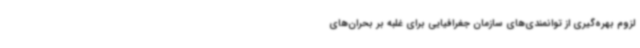
لزوم بهره‌گیری از توانمندی‌های سازمان جغرافیایی برای غلبه بر بحران‌های